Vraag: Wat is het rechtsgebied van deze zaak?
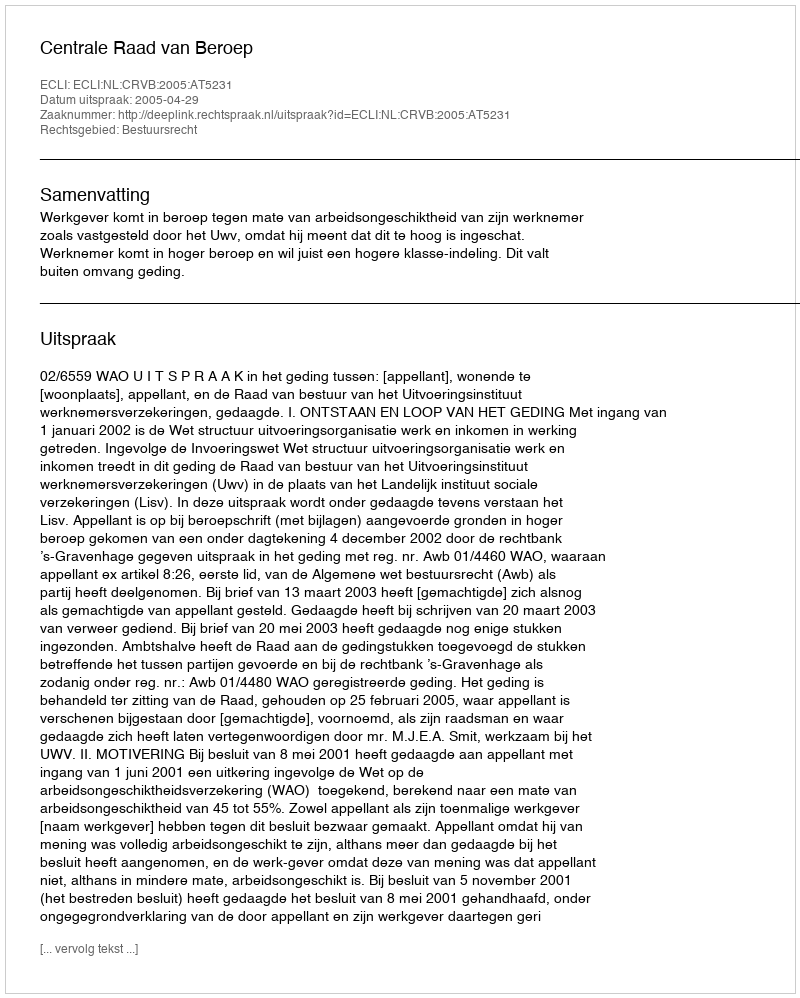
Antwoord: Bestuursrecht